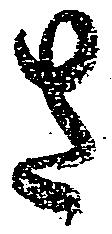
さ